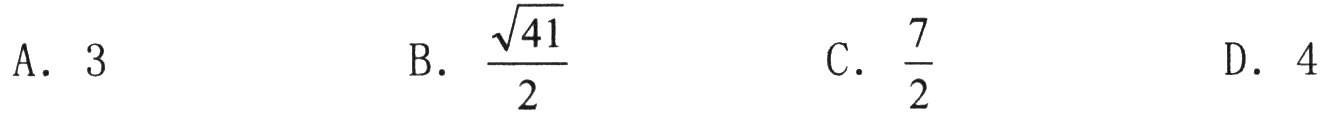
A. $3$  \quad B. $\dfrac{\sqrt{41}}{2}$  \quad C. $\dfrac{7}{2}$  \quad D. $4$